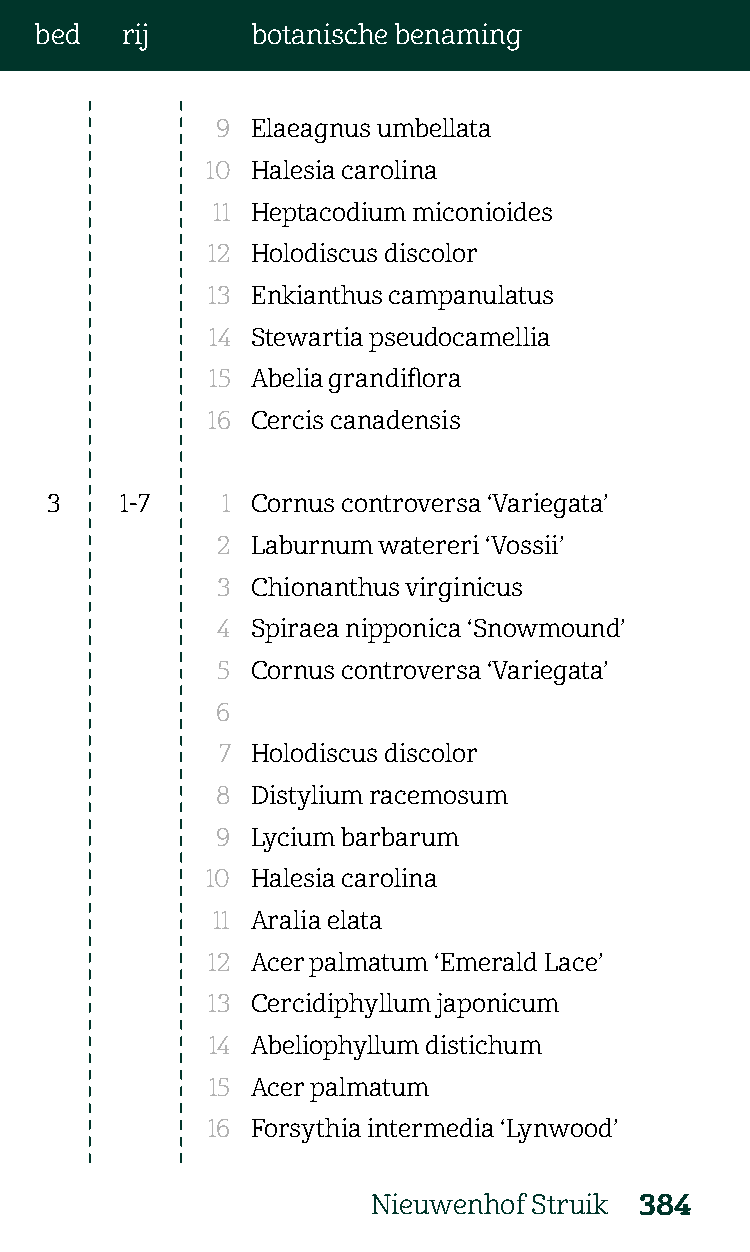
bed   rij      botanische benaming
 9  Elaeagnus umbellata
 10 Halesia carolina
 11 Heptacodium miconioides
 12 Holodiscus discolor
 13 Enkianthus campanulatus
 14 Stewartia pseudocamellia
 15 Abelia grandiflora
 16 Cercis canadensis
 3    1-7    1 Cornus controversa ‘Variegata’
 2  Laburnum watereri ‘Vossii’
 3  Chionanthus virginicus
 4  Spiraea nipponica ‘Snowmound’
 5  Cornus controversa ‘Variegata’
 6
 7  Holodiscus discolor
 8  Distylium racemosum
 9  Lycium barbarum
 10 Halesia carolina
 11 Aralia elata
 12 Acer palmatum ‘Emerald Lace’
 13 Cercidiphyllum japonicum
 14 Abeliophyllum distichum
 15 Acer palmatum
 16 Forsythia intermedia ‘Lynwood’
 Nieuwenhof Struik 384